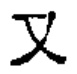
\text{又}